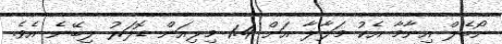
ނޯބެލް އިނާމާ އެކު މަލާލާ އަށް 1.4 މިލިއަން ޑޮލަރު ލިބޭނެ އެވެ.